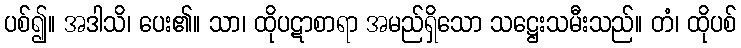
ပစ်၍။ အဒါသိ၊ ပေး၏။ သာ၊ ထိုပဋာစာရာ အမည်ရှိသော သဋ္ဌေးသမီးသည်။ တံ၊ ထိုပစ်